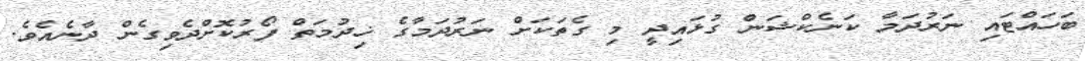
ބަހައްޓައި ނަރުދަމާ ކަނެކްޝަން ގުޅައިދީ މި ގެތަކަށް ނަރުދަމާގެ ޚިދުމަތް ފޯރުކޮށްދެވިގެން ދާނެއެވެ.